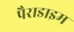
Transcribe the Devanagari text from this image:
पैराडाइम